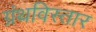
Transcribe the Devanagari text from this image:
ग्रंथविस्तार